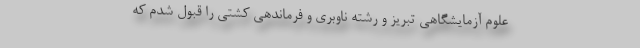
علوم آزمایشگاهی تبریز و رشته ناوبری و فرماندهی کشتی را قبول شدم که